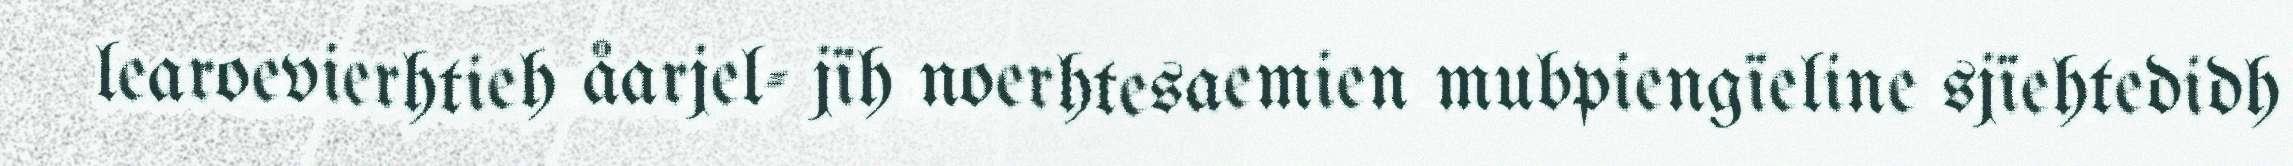
learoevierhtieh åarjel- jïh noerhtesaemien mubpiengïeline sjïehtedidh